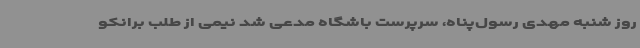
روز شنبه مهدی رسول‌پناه، سرپرست باشگاه مدعی شد نیمی از طلب برانکو